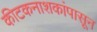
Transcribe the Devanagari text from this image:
कीटकनाशकांपासून